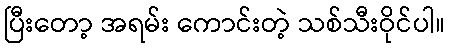
ပြီးတော့ အရမ်း ကောင်းတဲ့ သစ်သီးဝိုင်ပါ။